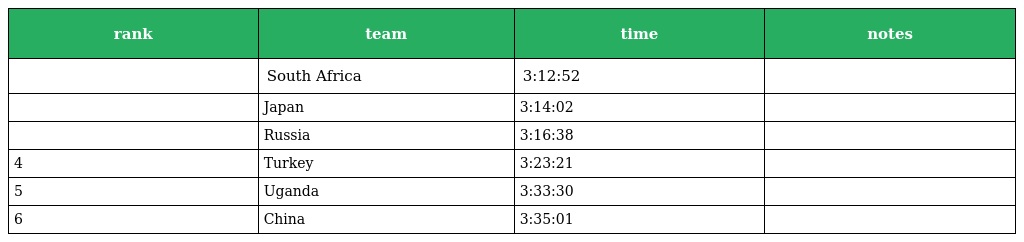
| rank | team | time | notes |
 | --- | --- | --- | --- |
 |  | South Africa | 3:12:52 |  |
 |  | Japan | 3:14:02 |  |
 |  | Russia | 3:16:38 |  |
 | 4 | Turkey | 3:23:21 |  |
 | 5 | Uganda | 3:33:30 |  |
 | 6 | China | 3:35:01 |  |